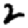
Digit: 2